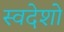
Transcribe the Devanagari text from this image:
स्वदेशो